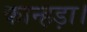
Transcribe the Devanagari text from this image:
कान्हड़ा।